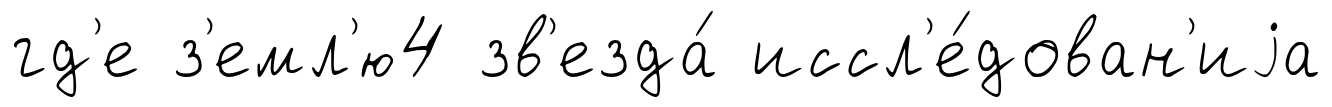
гд'е з'емл'ю4 зв'езда́ иссл'е́дован'иjа